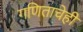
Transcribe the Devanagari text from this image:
गणिताचेही